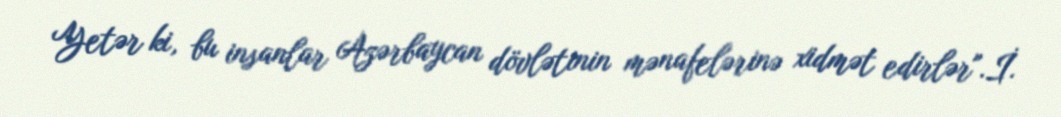
Yetər ki, bu insanlar Azərbaycan dövlətinin mənafelərinə xidmət edirlər".İ.